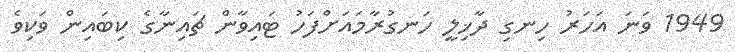
1949 ވަނަ އަހަރު ހިނގި ދާޚިލީ ހަނގުރާމައަށްފަހު ޓައިވާން ޗައިނާގެ ކިބައިން ވަކިވެ